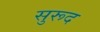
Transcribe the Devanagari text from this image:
सुरूद